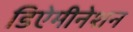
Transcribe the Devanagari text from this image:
डिऐमीनेशन